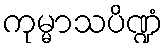
ကုမ္မာသပိဏ္ဍံ